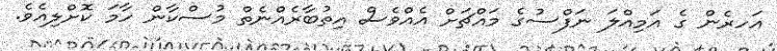
އަހރެން ގެ އަމިއްލަ ނަފްސުގެ މައްޗަށް އެއްވެސް އިތުބާރެއްނެތް މުސްކާން ހާމަ ކޮށްލިއެވެ.